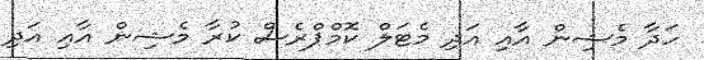
ހަދާ މެޝިން އާއި އަދި މެޓަލް ކޮމްޕްރެސް ކުރާ މެޝިން އާއި އަދި